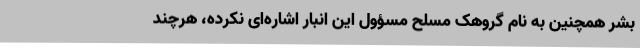
بشر همچنین به نام گروهک مسلح مسؤول این انبار اشاره‌ای نکرده، هرچند